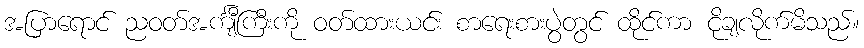
အပြာရောင် ညဝတ်အင်္ကျီကြီးကို ဝတ်ထားယင်း စာရေးစားပွဲတွင် ထိုင်ကာ ငိုချလိုက်မိသည်။